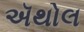
ઍથોલ